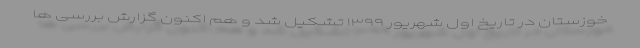
خوزستان در تاریخ اول شهریور ۱۳۹۹ تشکیل شد و هم اکنون گزارش بررسی ها